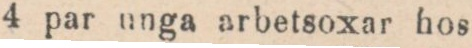
4 par unga arbetsoxar hos